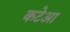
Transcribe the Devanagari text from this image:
कटेआ